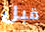
قبل